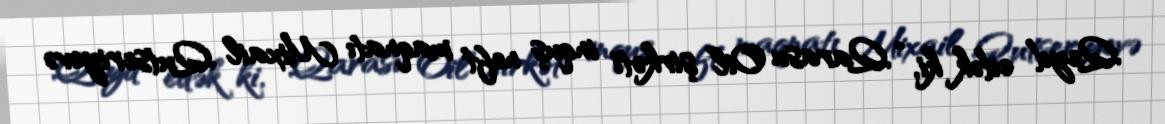
Qeyd edək ki, “Qarasu Oil” şirkəti inquş neft maqnatı Mixail Qutseriyevə